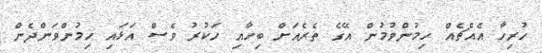
ހުރިހާ އެއްޗެއް ހިމުންވުމުން އޭގެ ތެރެއަށް ބިހާއި ހަކުރު ވެސް އަޅައި ހިމުންވަންދެން